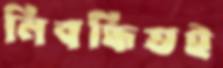
নিবন্ধিতই